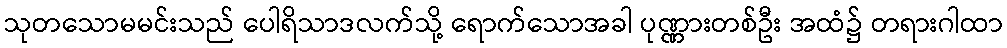
သုတသောမမင်းသည် ပေါရိသာဒလက်သို့ ရောက်သောအခါ ပုဏ္ဏားတစ်ဦး အထံ၌ တရားဂါထာ